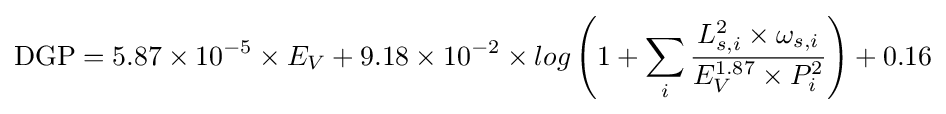
\mathrm {DGP} =5.87\times 10^{-5}\times E_{V}+9.18\times 10^{-2}\times log\left(1+\sum _{i}{\frac {L_{s,i}^{2}\times \omega _{s,i}}{E_{V}^{1.87}\times P_{i}^{2}}}\right)+0.16